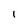
Character: 1